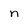
Character: n